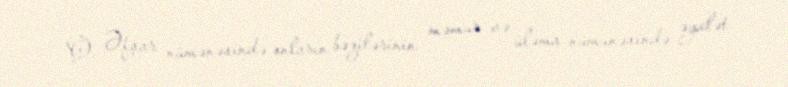
O, Əfşar nümənəsində onların bəzilərinin məmur və üləma nümunəsində əyalət